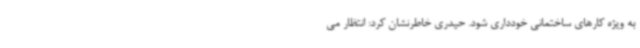
به ویژه کارهای ساختمانی خودداری شود. حیدری خاطرنشان کرد: انتظار می